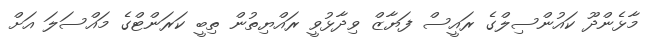
މާޅެންދޫ ކައުންސިލްގެ ރައީސް ފަޔާޒް ވިދާޅުވީ ރައްޔިތުން ތިބީ ކަރަންޓްގެ މައްސަލަ އަށް